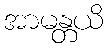
အာမန္တယိ